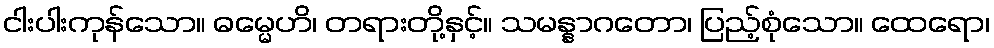
ငါးပါးကုန်သော။ ဓမ္မေဟိ၊ တရားတို့နှင့်။ သမန္နာဂတော၊ ပြည့်စုံသော။ ထေရော၊